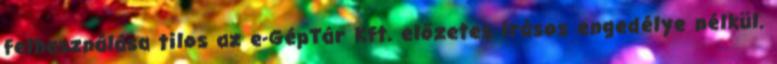
felhasználása tilos az e-GépTár Kft. előzetes írásos engedélye nélkül.